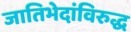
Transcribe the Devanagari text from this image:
जातिभेदांविरुद्ध